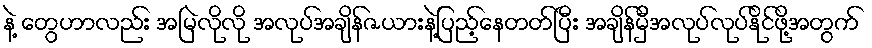
နဲ့ တွေဟာလည်း အမြဲလိုလို အလုပ်အချိန်ဇယားနဲ့ပြည့်နေတတ်ပြီး အချိန်မှီအလုပ်လုပ်နိုင်ဖို့အတွက်